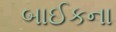
બાઈકના